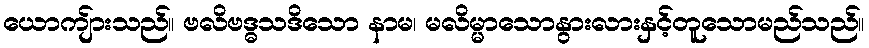
ယောကျ်ားသည်။ ဗလိဗဒ္ဓသဒိသော နာမ၊ မလိမ္မာသောနွားလားနှင့်တူသောမည်သည်။